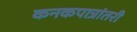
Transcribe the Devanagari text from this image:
कनकपात्रांतरी